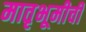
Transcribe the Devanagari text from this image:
मातृभूमीची